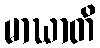
မာဃာတိ